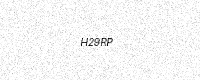
Text: H29RP